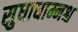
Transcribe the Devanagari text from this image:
सुधाधाम्नश्च